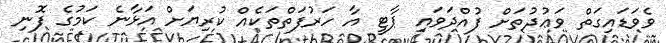
ވެވަޑައިގަތް ވަޢުދުތަށް ފުއްދަވައި ޕާޓީ އާ ހަރުފަތްތަކެއް ކުރިޔަށް އަޅާނެ ކަމުގެ ފޮނި